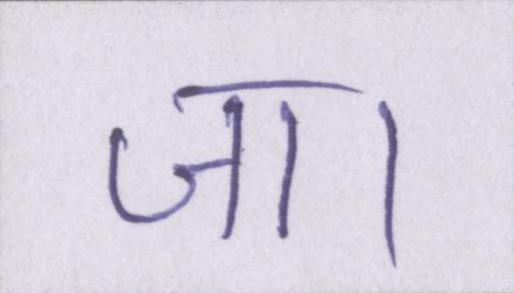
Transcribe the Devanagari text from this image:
जा।